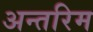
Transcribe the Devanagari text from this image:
अन्‍तरिम